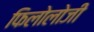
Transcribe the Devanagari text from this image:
फिलोलोजी